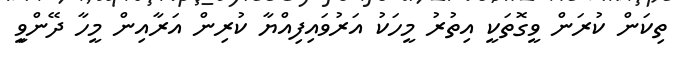
ތިކަން ކުރަން ވީގޮތަކީ އިތުރު މީހަކު އަރުވައިފިއްޔާ ކުރިން އަރާއިން މީހާ ދޭންވިީ